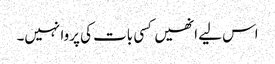
اس لیے انھیں کسی بات کی پروا نہیں۔